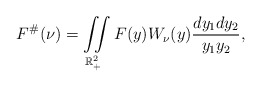
\begin{align*}F^{\#}(\nu) = \iint \limits_{\mathbb{R}^2_+} F(y) W_{\nu}(y) \frac{dy_1 dy_2}{y_1 y_2},\end{align*}